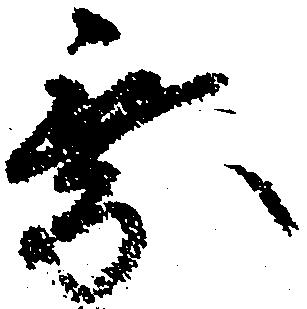
乗